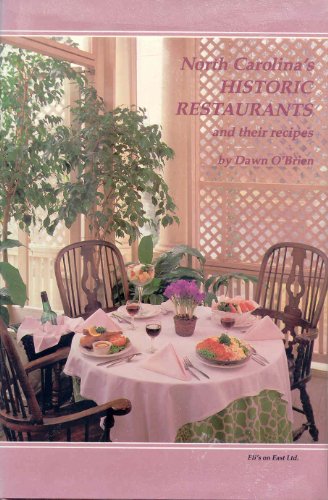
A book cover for North Carolina's Historic Restaurants and Their Recipes; Dawn O'Brien; Travel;